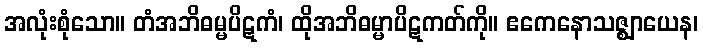
အလုံးစုံသော။ တံအဘိဓမ္မပိဋကံ၊ ထိုအဘိဓမ္မာပိဋကတ်ကို။ ဧကေနောသဇ္ဈာယေန၊